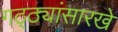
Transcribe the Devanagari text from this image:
गठ्ठ्यांसारखे